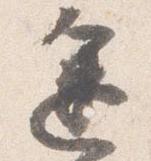
途